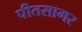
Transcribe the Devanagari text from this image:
पीतसागर